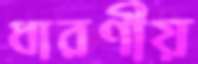
ধারণীয়